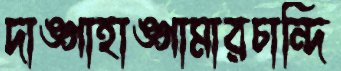
দাঙ্গাহাঙ্গামারচান্দি